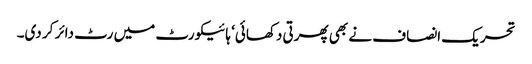
تحریک انصاف نے بھی پھرتی دکھائی‘ ہائیکورٹ میں رٹ دائر کر دی۔